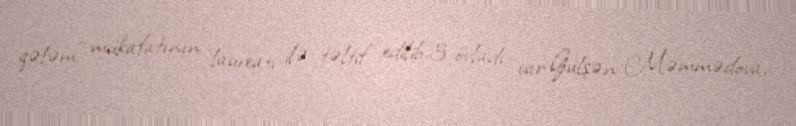
qələm" mükafatının laureatı ilə təltif edilib.3 övladı var:Gülşən Məmmədova,